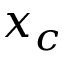
x _ { c }